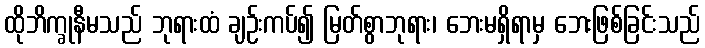
ထိုဘိက္ခုနီမသည် ဘုရားထံ ချဉ်းကပ်၍ မြတ်စွာဘုရား၊ ဘေးမရှိရာမှ ဘေးဖြစ်ခြင်းသည်